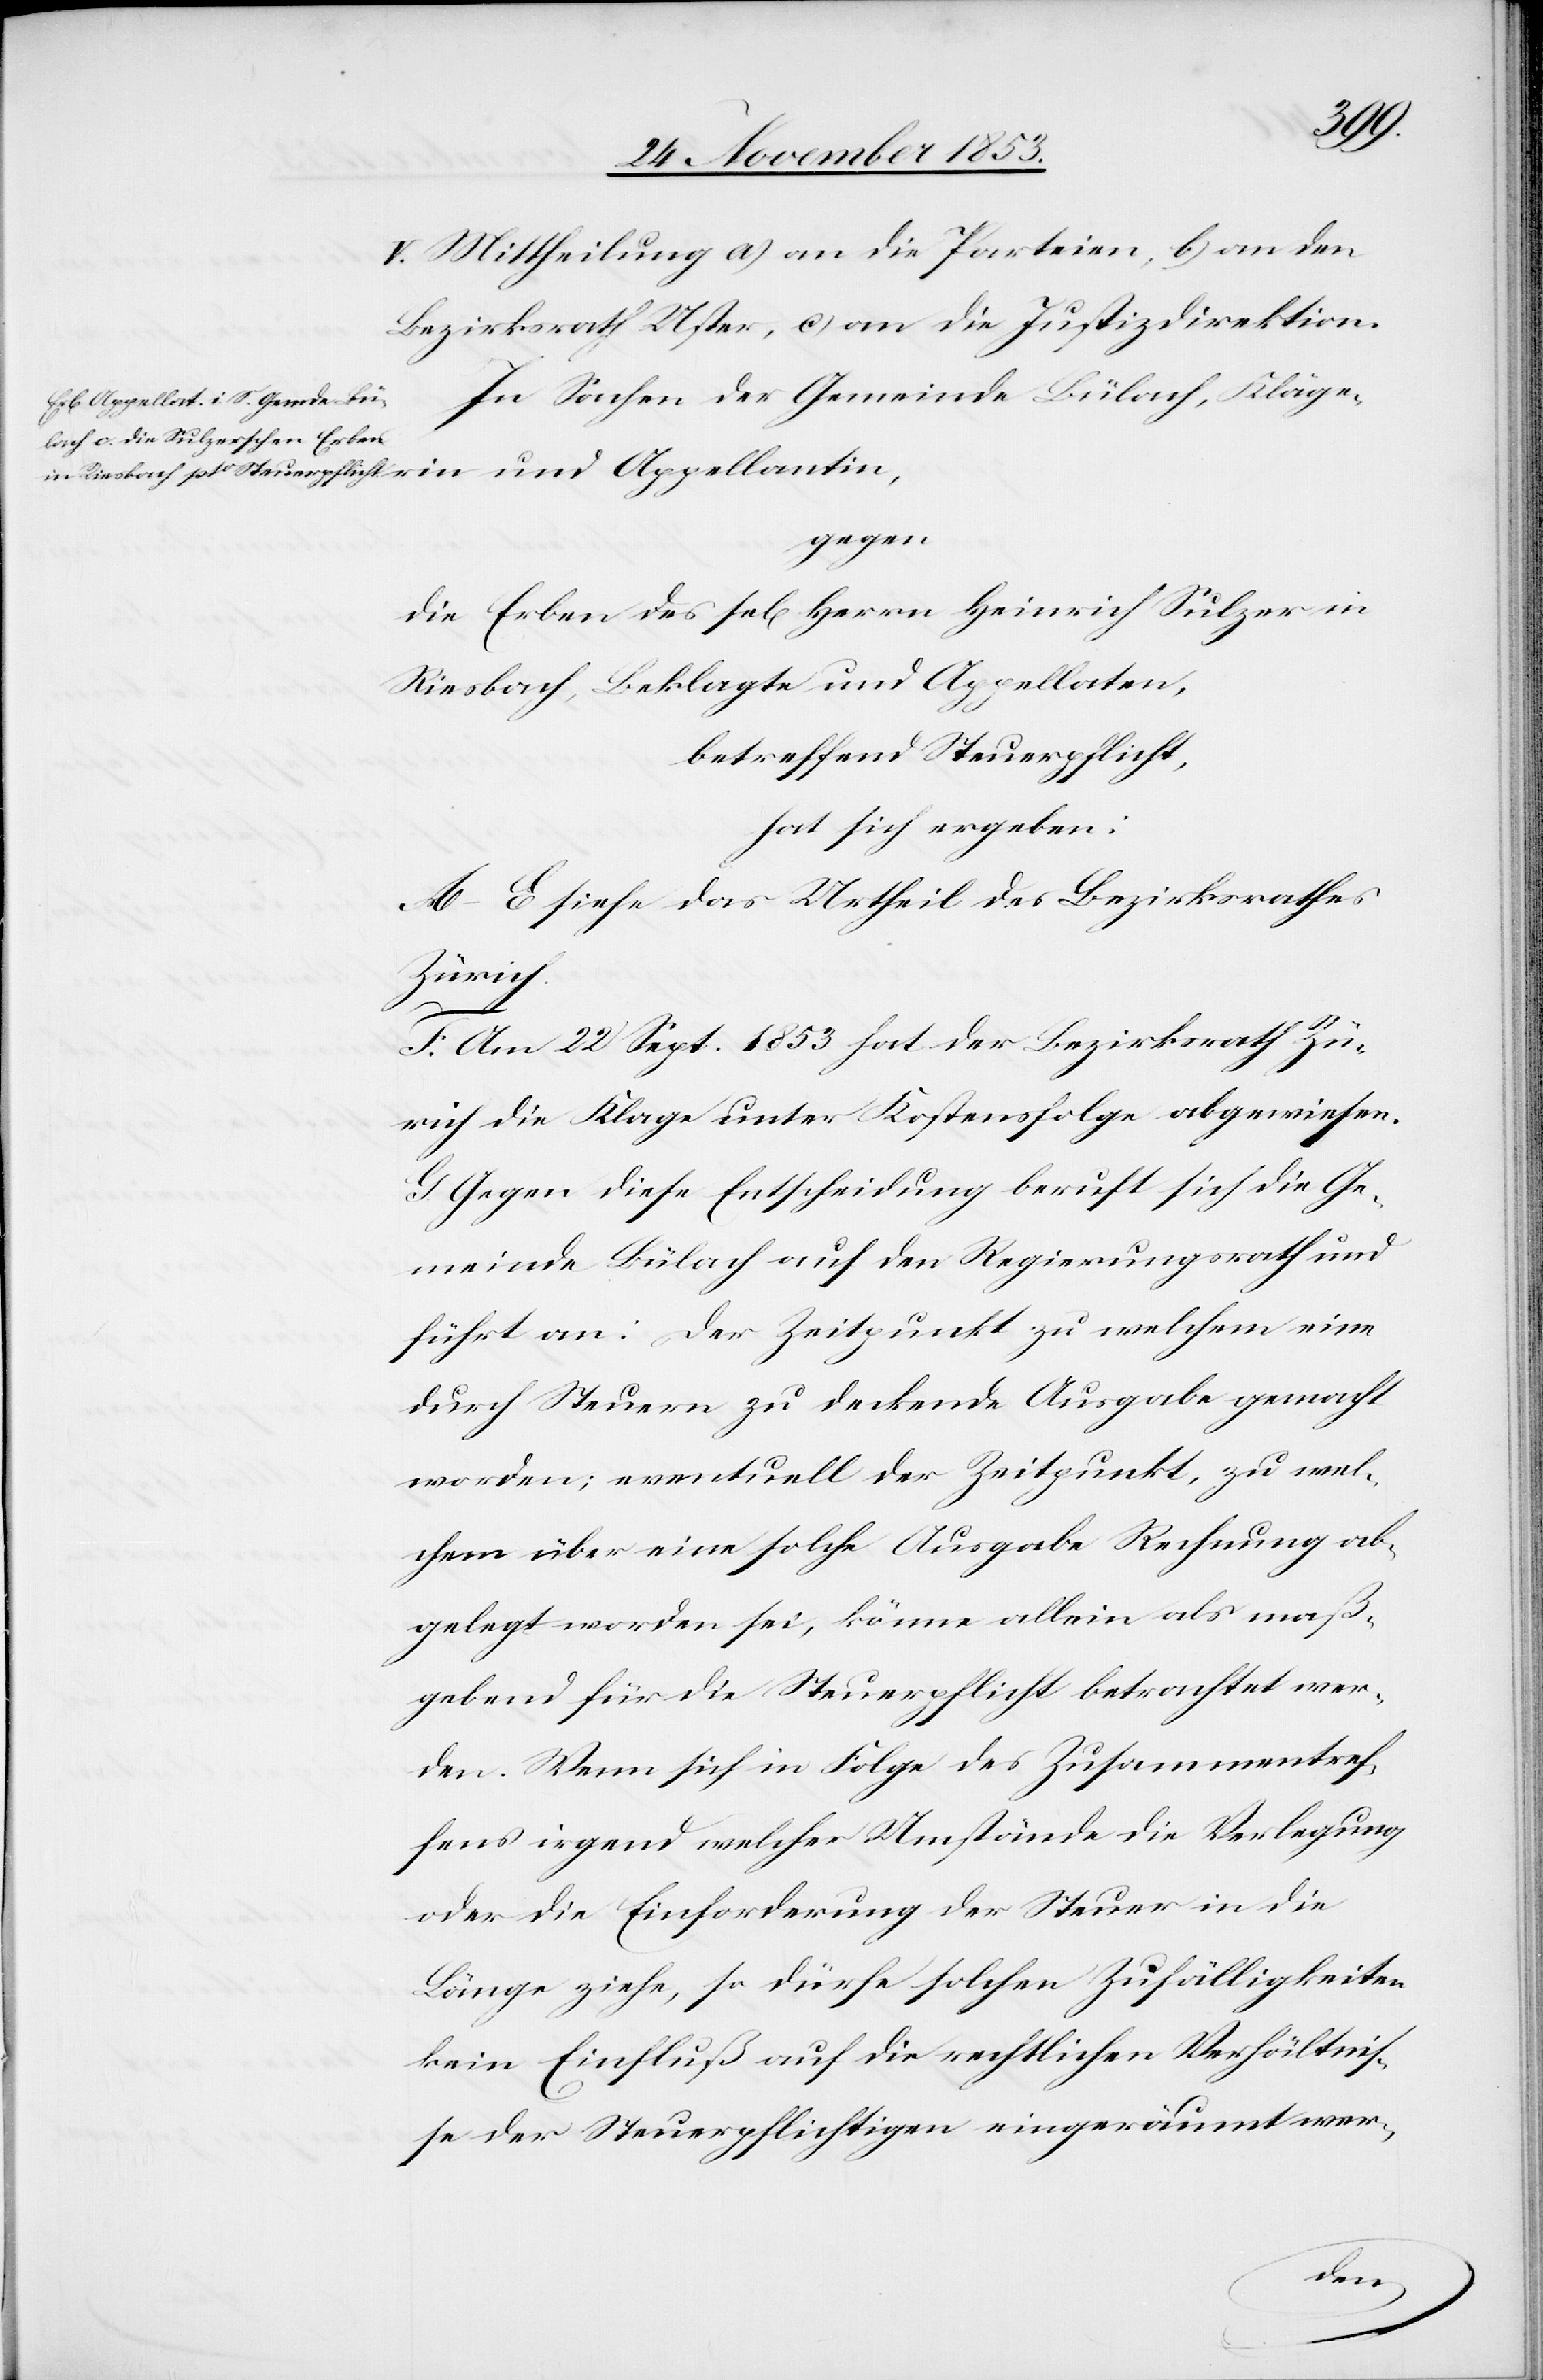
V. Mittheilung a) an die Parteien, b) an den
Bezirksrath Uster, c) an die Justizdirektion.
In Sachen der Gemeinde Bülach, Kläge¬
gegen
die Erben des sel[igen] Heinrich Sulzer in
Riesbach, Beklagte und Appellaten,
betreffend Steuerpflicht,
hat sich ergeben:
A–E siehe das Urtheil des Bezirksrathes
Zürich.
rin
F. Am 22 Sept. 1853 hat der Bezirksrath Zü¬
rich die Klage unter Kostenfolge abgewiesen.
G. Gegen diese Entscheidung beruft sich die Ge¬
meinde Bülach auf den Regierungsrath und
führt an: der Zeitpunkt zu welchem eine
durch Steuern zu deckende Ausgabe gemacht
worden; eventuell der Zeitpunkt, zu wel¬
chem über eine solche Ausgabe Rechnung ab¬
gelegt worden sei, könne allein als maß¬
gebend für die Steuerpflicht betrachtet wer¬
den. Wenn sich in Folge des Zusammentref¬
fens irgendwelcher Umstände die Verlegung
oder die Einforderung der Steuer in die
Länge ziehe, so dürfe solchen Zufälligkeiten
kein Einfluß auf die rechtlichen Verhältniß¬
e der Steuerpflichtigen eingeräumt wer-